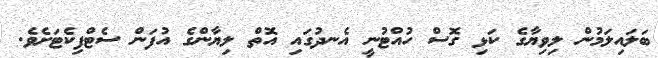
ބަލައިލަމުން ލިވިޔާގެ ކަޅި ގޮސް ހުއްޓުނީ އެނދުުގައި އޮތް ލިޔާންގެ އުފަން ސެޓްފިކެޓަށެވެ.